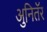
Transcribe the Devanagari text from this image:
अुनितॅर